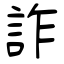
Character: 詐